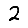
Digit: 2